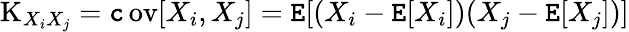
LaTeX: \operatorname{K}_{X_{i}X_{j}}=\operatorname{\mathtt{c}ov}[X_{i},X_{j}]=\operatorname{\mathtt{E}}[(X_{i}-\operatorname{\mathtt{E}}[X_{i}])(X_{j}-\operatorname{\mathtt{E}}[X_{j}])]